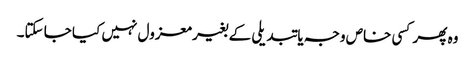
وہ پھر کسی خاص وجہ یا تبدیلی کے بغیر معزول نہیں کیا جا سکتا۔